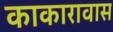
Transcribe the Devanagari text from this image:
काकारावास